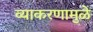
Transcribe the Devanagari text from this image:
व्याकरणामुळे